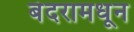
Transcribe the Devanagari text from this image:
बंदरामधून